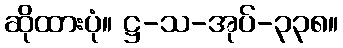
ဆိုထားပုံ။ ဋ္ဌ-သ-အုပ်-၃၃၈။